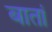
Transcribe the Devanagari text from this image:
बातां